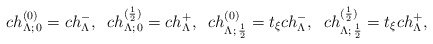
\begin{align*} ch_{\Lambda;\,0}^{(0)}=ch^{-}_{\Lambda}, \;\; ch^{(\frac{1}{2})}_{\Lambda;\,0}= ch^{+}_{\Lambda},\;\; ch^{(0)}_{\Lambda;\,\frac{1}{2}}=t_{\xi} ch^{-}_{\Lambda}, \;\; ch^{(\frac{1}{2})}_{\Lambda;\,\frac{1}{2}} = t_{\xi} ch^{+}_{\Lambda},\end{align*}